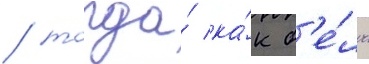
/ тогда́ ка́к б'е́лль